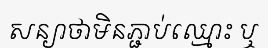
សន្យាថាមិនភ្ជាប់ឈ្មោះ ឬ